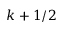
k + 1 / 2